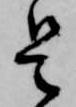
是